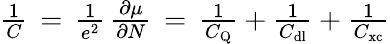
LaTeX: \begin{array}{r}{\frac{1}{C}\, =\, \frac{1}{e^{2}}\, \frac{\partial\mu}{\partial N}\, =\, \frac{1}{C_{\mathrm{Q}}}+\frac{1}{C_{\mathrm{dl}}}+\frac{1}{C_{\mathrm{xc}}}}\end{array}